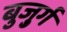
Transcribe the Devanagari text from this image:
बुजु्र्ग